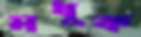
মধুক